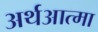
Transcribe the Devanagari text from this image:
अर्थआत्मा